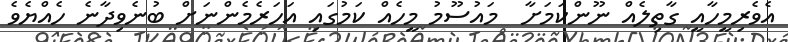
އެވެރިމީހާއީ ގާތިލެއް ނޫންކަމަށާ  މައުސޫމު މީހެއް ކަމުގައި އަހަރެމެންނަށް ބުނެވިދާނެ ހެއްޔެވެ